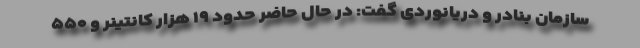
سازمان بنادر و دریانوردی گفت: در حال حاضر حدود ۱۹ هزار کانتینر و ۵۵۰